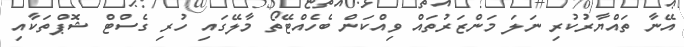
އޭނާ ތައްޔާރުކުރި ނަލަ މަންޒަރުތައް ވިއްކަން ބެހެއްޓޭތޯ މާލޭގައި ހުރި ގެސްޓް ޝޮޕްތަކާއި